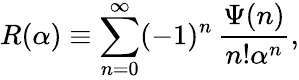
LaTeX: R(\alpha)\equiv\sum_{n=0}^{\infty}(-1)^{n}\, \frac{\Psi(n)}{n!\alpha^{n}},